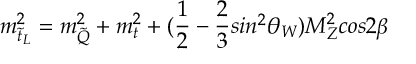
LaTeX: m _ { \tilde { t } _ { L } } ^ { 2 } = m _ { \tilde { Q } } ^ { 2 } + m _ { t } ^ { 2 } + ( \frac { 1 } { 2 } - \frac { 2 } { 3 } s i n ^ { 2 } \theta _ { W } ) M _ { Z } ^ { 2 } c o s 2 \beta